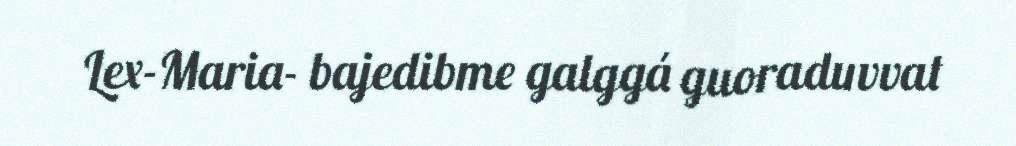
Lex-Maria- bajedibme galggá guoraduvvat